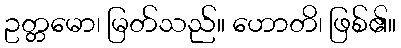
ဥတ္တမော၊ မြတ်သည်။ ဟောတိ၊ ဖြစ်၏။